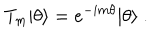
T _ { m } | \theta \rangle = e ^ { - i m \theta } | \theta \rangle \ .